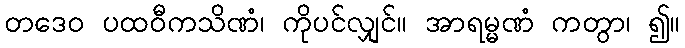
တဒေဝ ပထဝီကသိဏံ၊ ကိုပင်လျှင်။ အာရမ္မဏံ ကတွာ၊ ၍။